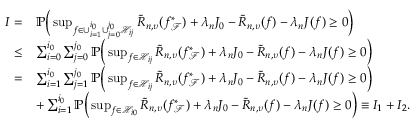
\begin{array} { r l } { I = } & { \mathbb { P } \Big ( \operatorname* { s u p } _ { f \in \cup _ { i = 1 } ^ { i _ { 0 } } \cup _ { j = 0 } ^ { j _ { 0 } } \mathcal { H } _ { i j } } \widetilde { R } _ { n , \upsilon } ( f _ { \mathcal { F } } ^ { * } ) + \lambda _ { n } J _ { 0 } - \widetilde { R } _ { n , \upsilon } ( f ) - \lambda _ { n } J ( f ) \geq 0 \Big ) } \\ { \leq } & { \sum _ { i = 0 } ^ { i _ { 0 } } \sum _ { j = 0 } ^ { j _ { 0 } } \mathbb { P } \Big ( \operatorname* { s u p } _ { f \in \mathcal { H } _ { i j } } \widetilde { R } _ { n , \upsilon } ( f _ { \mathcal { F } } ^ { * } ) + \lambda _ { n } J _ { 0 } - \widetilde { R } _ { n , \upsilon } ( f ) - \lambda _ { n } J ( f ) \geq 0 \Big ) } \\ { = } & { \sum _ { i = 1 } ^ { i _ { 0 } } \sum _ { j = 1 } ^ { j _ { 0 } } \mathbb { P } \Big ( \operatorname* { s u p } _ { f \in \mathcal { H } _ { i j } } \widetilde { R } _ { n , \upsilon } ( f _ { \mathcal { F } } ^ { * } ) + \lambda _ { n } J _ { 0 } - \widetilde { R } _ { n , \upsilon } ( f ) - \lambda _ { n } J ( f ) \geq 0 \Big ) } \\ & { + \sum _ { i = 1 } ^ { i _ { 0 } } \mathbb { P } \Big ( \operatorname* { s u p } _ { f \in \mathcal { H } _ { i 0 } } \widetilde { R } _ { n , \upsilon } ( f _ { \mathcal { F } } ^ { * } ) + \lambda _ { n } J _ { 0 } - \widetilde { R } _ { n , \upsilon } ( f ) - \lambda _ { n } J ( f ) \geq 0 \Big ) \equiv I _ { 1 } + I _ { 2 } . } \end{array}